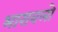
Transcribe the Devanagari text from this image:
भारावलो